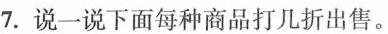
7.说一说下面每种商品打几折出售。